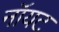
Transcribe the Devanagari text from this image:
नॉयट